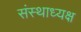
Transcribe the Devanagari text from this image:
संस्थाध्यक्ष